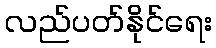
လည်ပတ်နိုင်ရေး